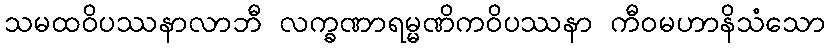
သမထဝိပဿနာလာဘီ လက္ခဏာရမ္မဏိကဝိပဿနာ ကီဝမဟာနိသံသော